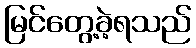
မြင်တွေ့ခဲ့ရသည်